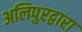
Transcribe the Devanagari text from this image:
अलिपुरद्वारा